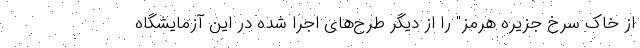
از خاک سرخ جزیره هرمز" را از دیگر طرح‌های اجرا شده در این آزمایشگاه